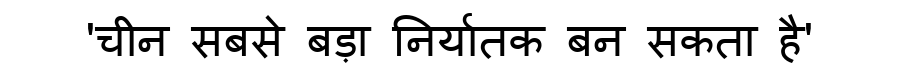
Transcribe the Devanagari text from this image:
'चीन सबसे बड़ा निर्यातक बन सकता है'